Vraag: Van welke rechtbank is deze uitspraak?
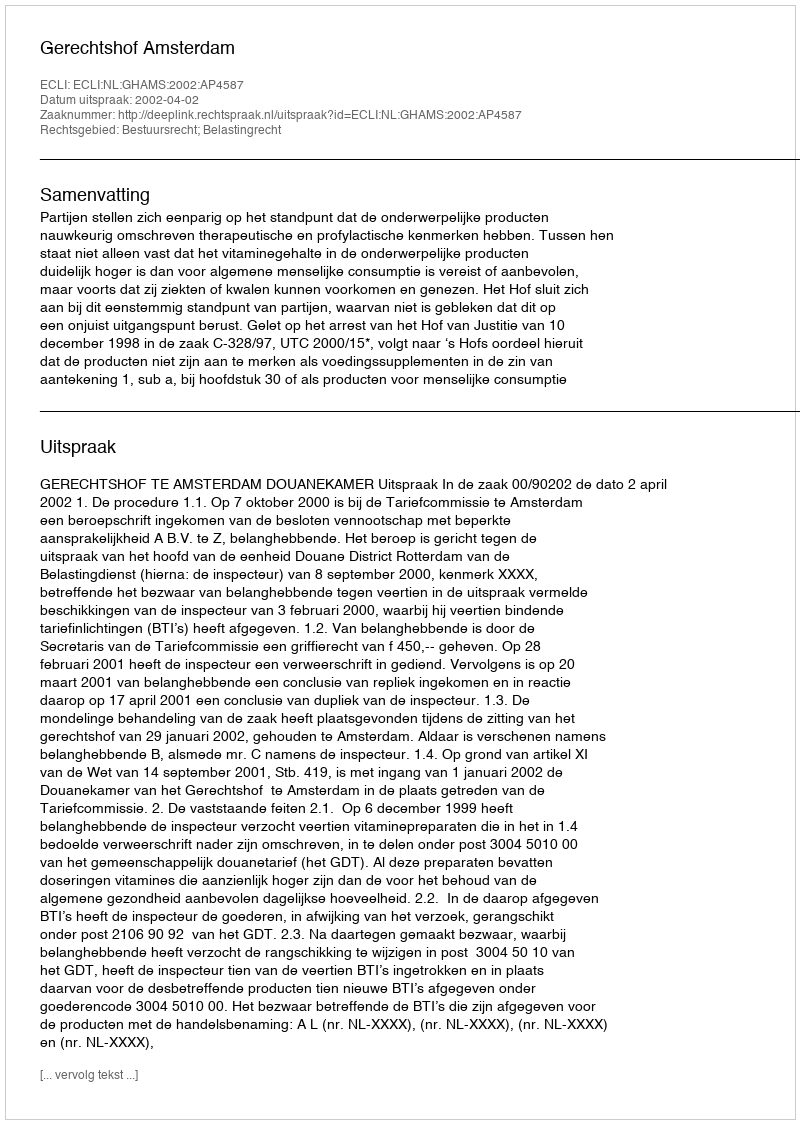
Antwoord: Gerechtshof Amsterdam